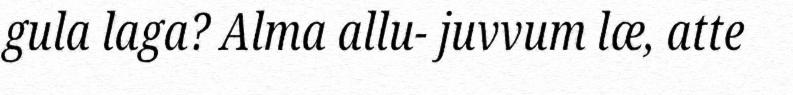
gula laga? Alma allu- juvvum læ, atte